Scottish Leaving Certificate Examination, 1959
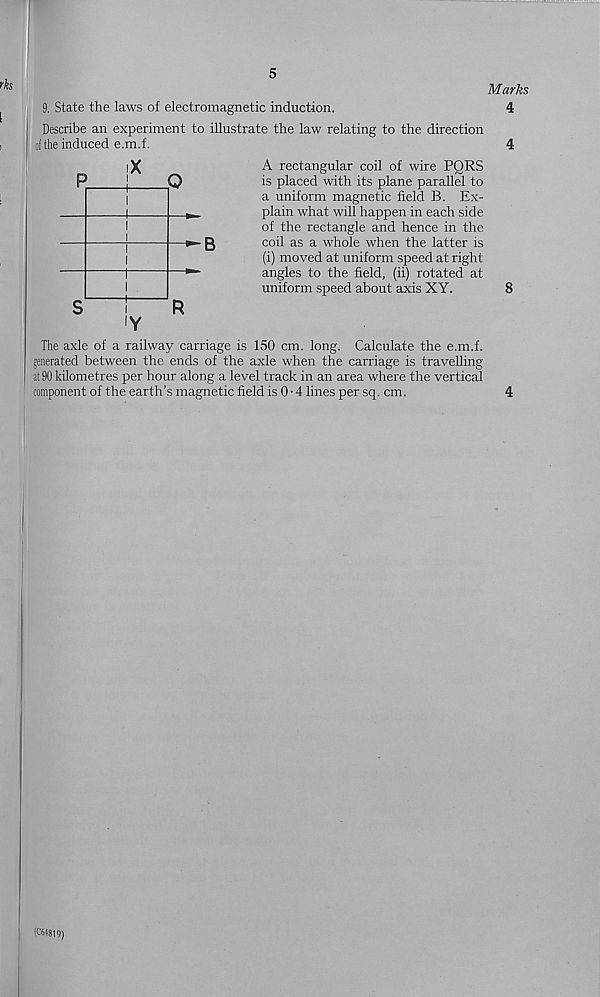
5
Marks
4
9. State the laws of electromagnetic induction.
Describe an experiment to illustrate the law relating to the direction
of the induced e.m.f.
A rectangular coil of wire PQRS
is placed with its plane parallel to
a uniform magnetic field B. Ex-
plain what will happen in each side
of the rectangle and hence in the
coil as a whole when the latter is
(i) moved at uniform speed at right
angles to the field, (ii) rotated at
uniform speed about axis XY.
The axle of a railway carriage is 150 cm. long. Calculate the e.m.f.
generated between the ends of the axle when the carriage is travelling
at 90 kilometres per hour along a level track in an area where the vertical
component of the earth’s magnetic field is 0 • 4 lines per sq. cm.
4
8
4
(C64819)